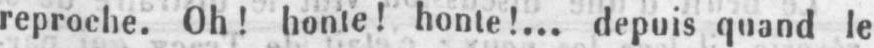
reproche. Oh! honte! honte!... depuis quand le